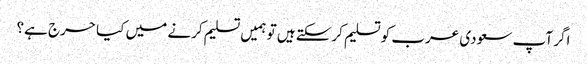
اگر آپ سعودی عرب کو تسلیم کرسکتے ہیں تو ہمیں تسلیم کرنے میں کیا حرج ہے؟